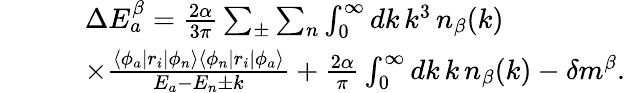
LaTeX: \begin{array}{rl}&{\qquad\Delta E_{a}^{\beta}=\frac{2\alpha}{3\pi}\sum_{\pm}\sum_{n}\int_{0}^{\infty}dk\, k^{3}\, n_{\beta}(k)}\\ &{\qquad\times\frac{\langle\phi_{a}|r_{i}|\phi_{n}\rangle\langle\phi_{n}|r_{i}|\phi_{a}\rangle}{E_{a}-E_{n}\pm k}+\frac{2\alpha}{\pi}\int_{0}^{\infty}dk\, k\, n_{\beta}(k)-\delta m^{\beta}.}\end{array}